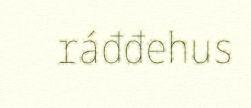
ráđđehus